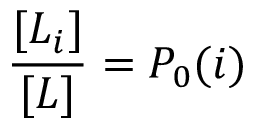
\frac { [ L _ { i } ] } { [ L ] } = P _ { 0 } ( i )